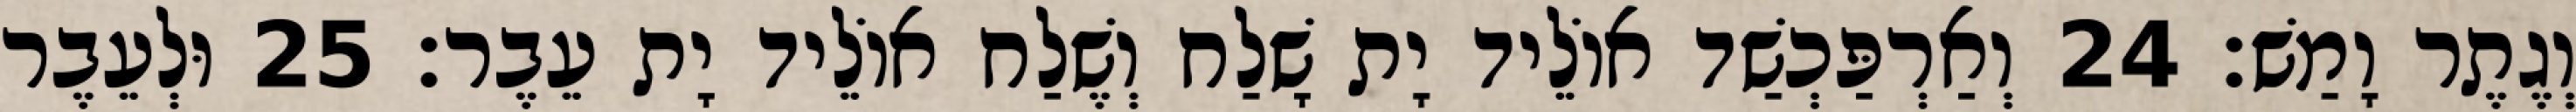
וְגֶתֶר וָמַשׁ׃ 24 וְאַרְפַּכְשַׁד אוֹלֵיד יָת שָׁלַח וְשֶׁלַח אוֹלֵיד יָת עֵבֶר׃ 25 וּלְעֵבֶר